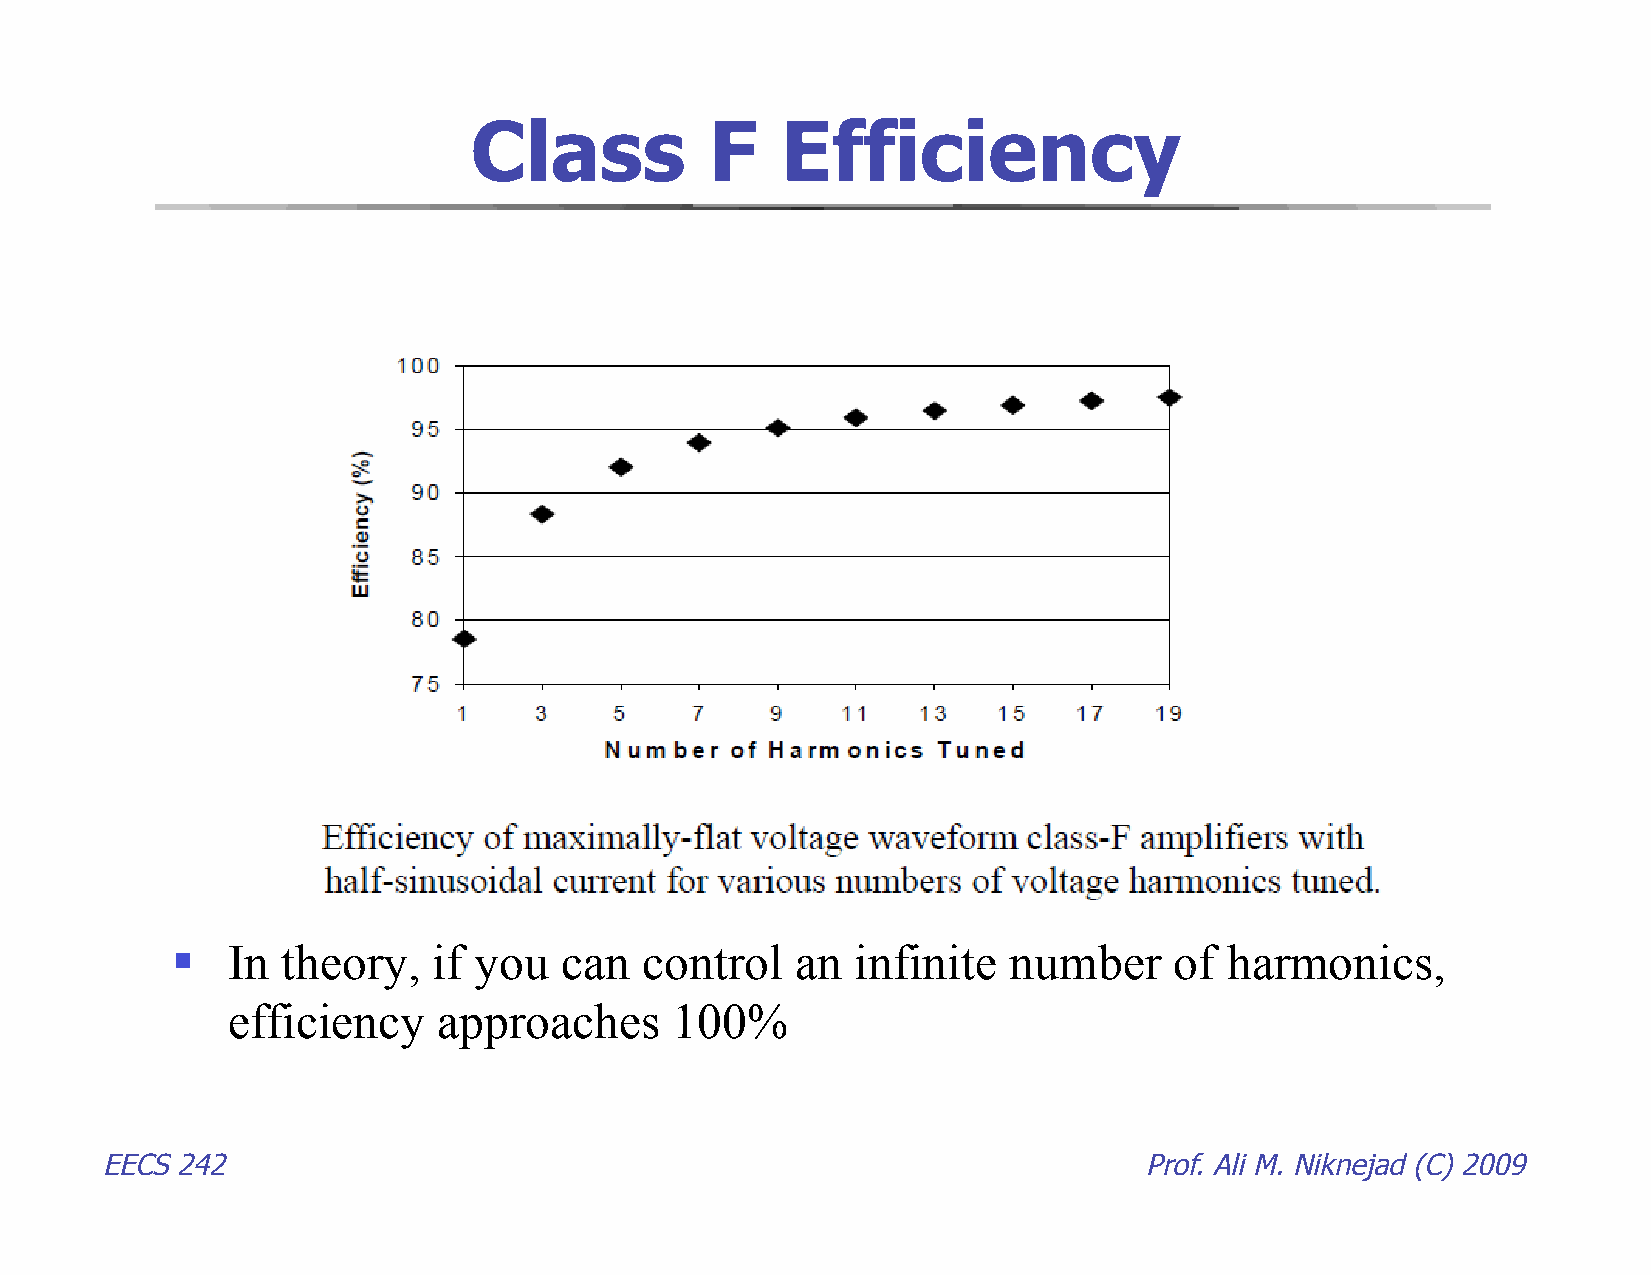
Class           F    Efficiency
    In  theory,   if you  can   control   an  infinite  number     of harmonics,
 efficiency    approaches      100%
 EECS 242                                                             Prof. Ali M. Niknejad (C) 2009